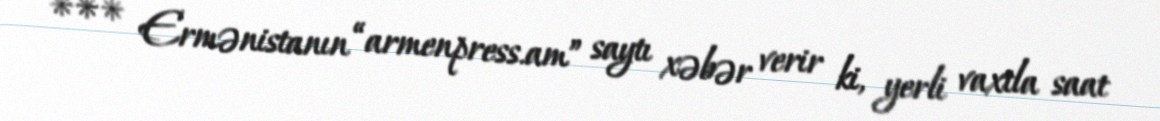
*** Ermənistanın “armenpress.am” saytı xəbər verir ki, yerli vaxtla saat